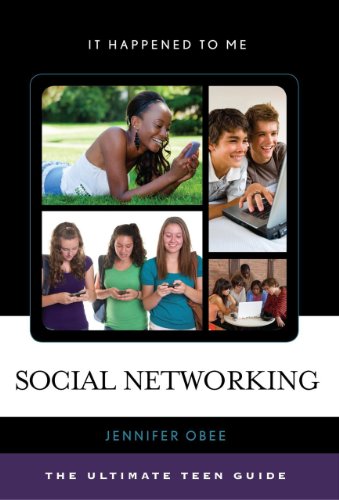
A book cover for Social Networking: The Ultimate Teen Guide (It Happened to Me); Jennifer Obee; Teen & Young Adult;